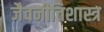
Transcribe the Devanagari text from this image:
जैवनीतिशास्त्र